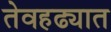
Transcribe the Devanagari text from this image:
तेवहढ्यात